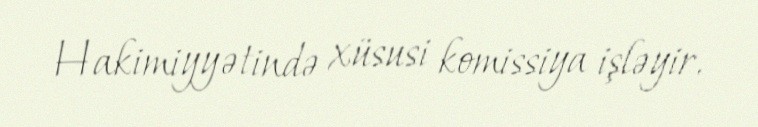
Hakimiyyətində xüsusi komissiya işləyir.